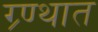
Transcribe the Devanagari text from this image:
ग्र्ण्थात